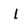
Character: l